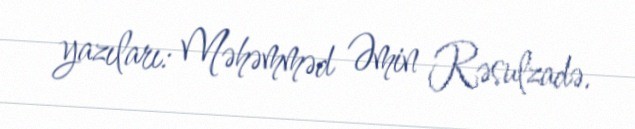
yazıları: Məhəmməd Əmin Rəsulzadə.